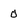
Character: 0